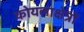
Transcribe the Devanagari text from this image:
कोयलाक्षेत्रों